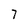
Character: 7